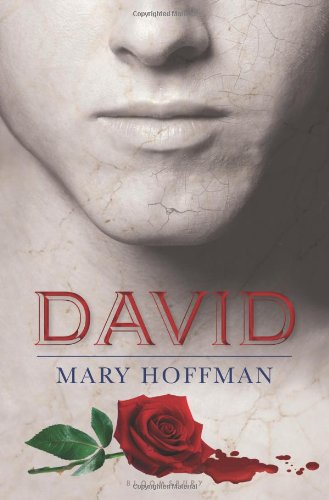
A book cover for David; Mary Hoffman; Teen & Young Adult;